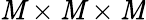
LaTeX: \mathit{M}\times\mathit{M}\times\mathit{M}